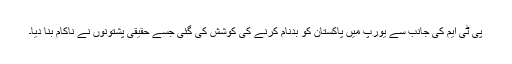
پی ٹی ایم کی جانب سے یورپ میں پاکستان کو بدنام کرنے کی کوشش کی گئی جسے حقیقی پشتونوں نے ناکام بنا دیا۔